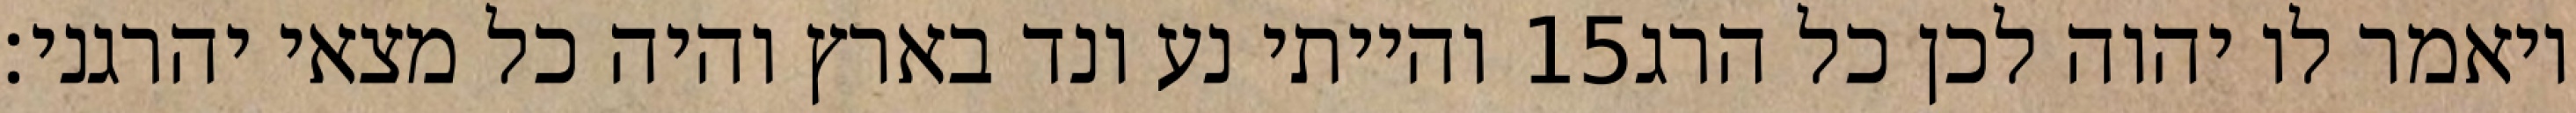
והייתי נע ונד בארץ והיה כל מצאי יהרגני׃ ‎15‏ ויאמר לו יהוה לכן כל הרג